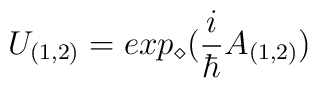
U_{(1,2)} = exp_\diamond(\frac{i}{\hbar} A_{(1,2)})